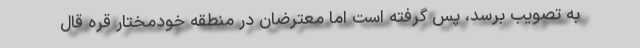
به تصویب برسد، پس گرفته است اما معترضان در منطقه خودمختار قره قال